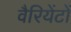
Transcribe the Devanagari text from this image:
वैरियेंटों